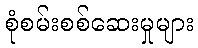
စုံစမ်းစစ်ဆေးမှုများ